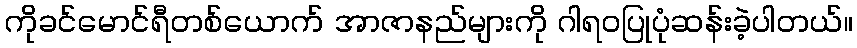
ကိုခင်မောင်ရီတစ်ယောက် အာဇာနည်များကို ဂါရဝပြုပုံဆန်းခဲ့ပါတယ်။